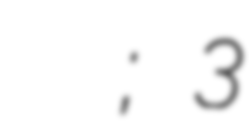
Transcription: Владимир Иванович Трусенёв; 3